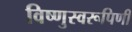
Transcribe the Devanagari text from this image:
विष्णुस्वरूपिणी